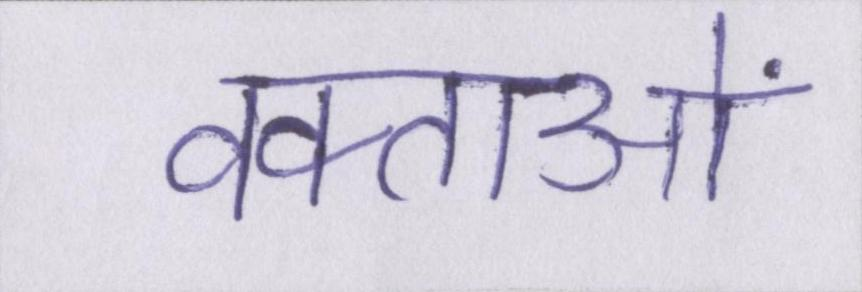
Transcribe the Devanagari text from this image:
वक्ताओं